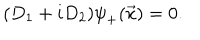
LaTeX: ( D _ { 1 } + i D _ { 2 } ) { \psi } _ { + } ( \vec { x } ) = 0 .